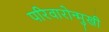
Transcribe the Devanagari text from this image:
परिवारोन्मुखी